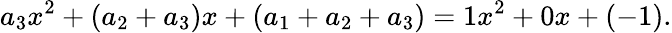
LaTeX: a_{3}x^{2}+(a_{2}+a_{3})x+(a_{1}+a_{2}+a_{3})=1x^{2}+0x+(-1).